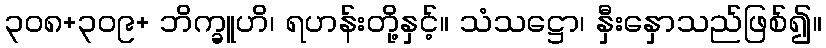
၃၀၈+၃၀၉+ ဘိက္ခူဟိ၊ ရဟန်းတို့နှင့်။ သံသဋ္ဌော၊ နှီးနှောသည်ဖြစ်၍။